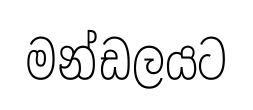
මන්ඩලයට